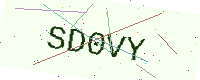
Text: SD0VY